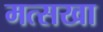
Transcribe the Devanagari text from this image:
मत्सखा